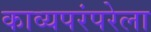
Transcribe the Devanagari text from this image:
काव्यपरंपरेला